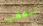
تتعقب